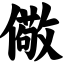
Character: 儆